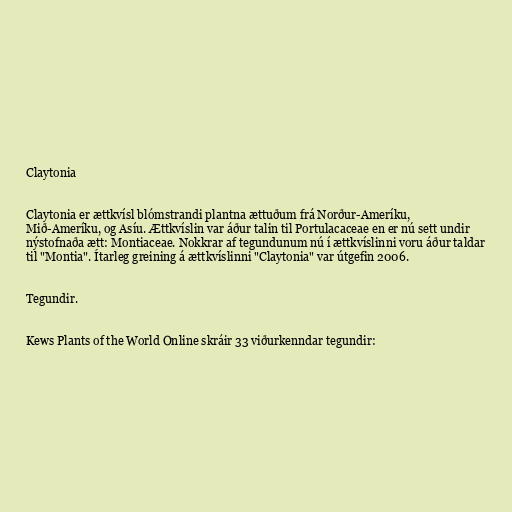
Claytonia

Claytonia er ættkvísl blómstrandi plantna ættuðum frá Norður-Ameríku,
Mið-Ameríku, og Asíu. Ættkvíslin var áður talin til Portulacaceae en er nú sett undir
nýstofnaða ætt: Montiaceae. Nokkrar af tegundunum nú í ættkvíslinni voru áður taldar
til "Montia". Ítarleg greining á ættkvíslinni "Claytonia" var útgefin 2006.

Tegundir.

Kews Plants of the World Online skráir 33 viðurkenndar tegundir: